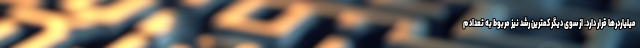
میلیاردرها قرار دارد. از سوی دیگر کمترین رشد نیز مربوط به تعداد م